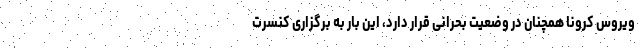
ویروس کرونا همچنان در وضعیت بحرانی قرار دارد، این بار به برگزاری کنسرت